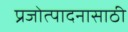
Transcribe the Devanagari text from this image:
प्रजोत्पादनासाठी